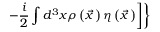
\left. \left. - \frac { i } { 2 } \int d ^ { 3 } x \rho \left( \vec { x } { \, } \right) \eta \left( \vec { x } { \, } \right) \right] \right\}